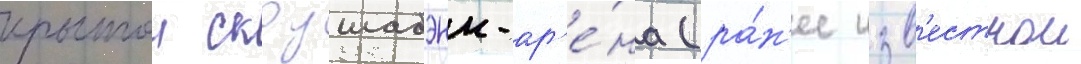
крытои скоушабэнк-ар'е́на (ра́н'ее изв'естнои